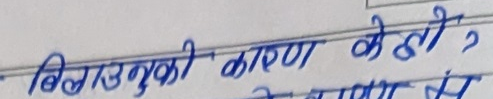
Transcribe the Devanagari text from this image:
बिलाउभुकी कारण के हो ?